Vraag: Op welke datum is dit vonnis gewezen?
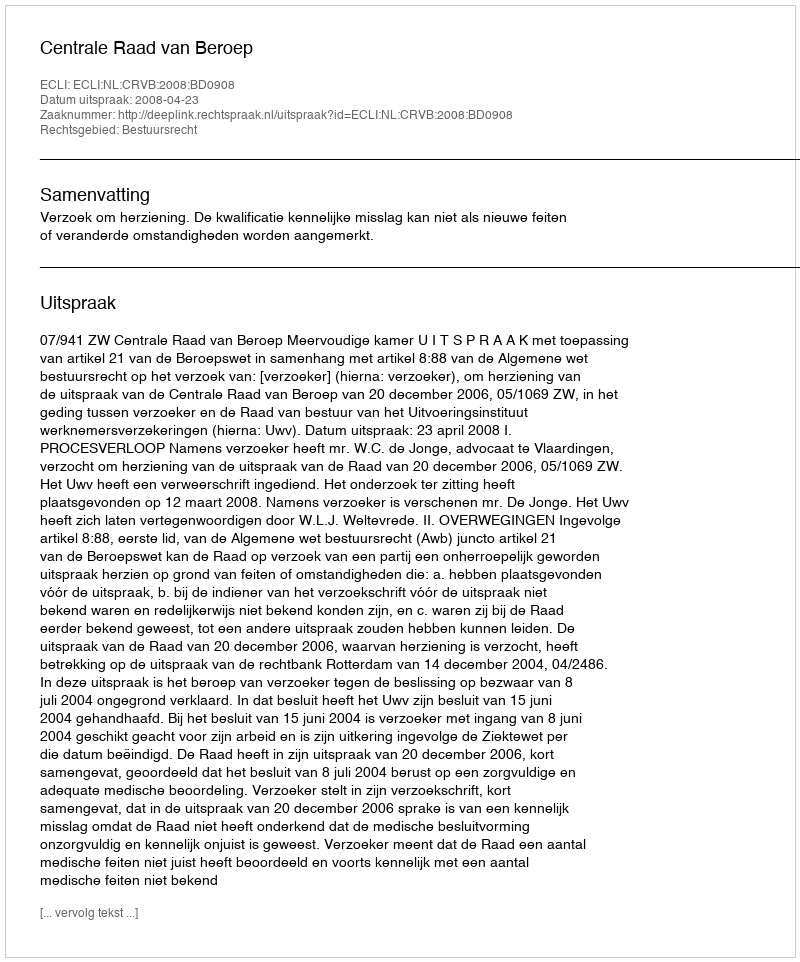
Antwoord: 2008-04-23